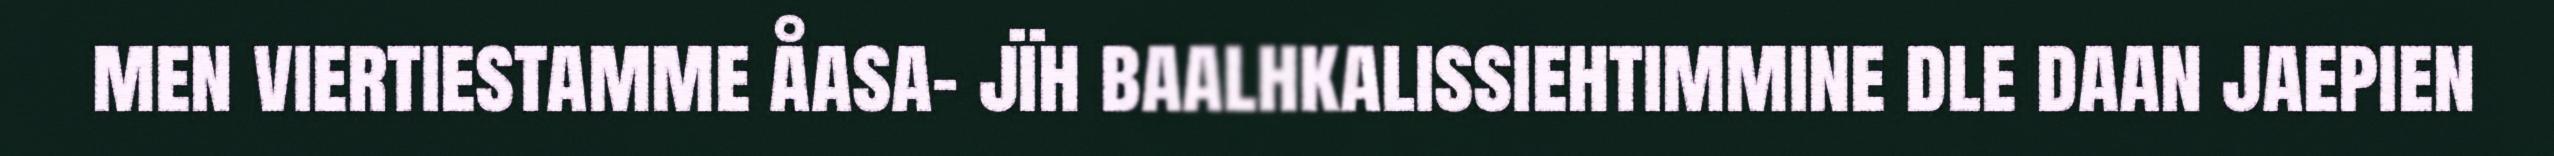
men viertiestamme åasa- jïh baalhkalissiehtimmine dle daan jaepien